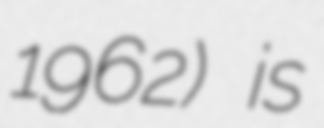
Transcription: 1962) is